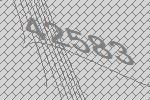
42583